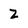
Character: Z